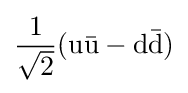
{\frac {1}{\sqrt {2}}}(\mathrm {u{\bar {u}}-d{\bar {d}}} )